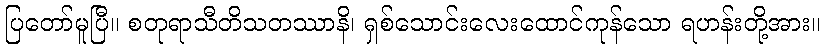
ပြတော်မူပြီ။ စတုရာသီတိသတဿာနိ၊ ရှစ်သောင်းလေးထောင်ကုန်သော ရဟန်းတို့အား။